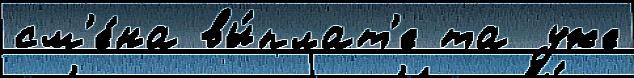
см'е́на вы́плат'е та уже